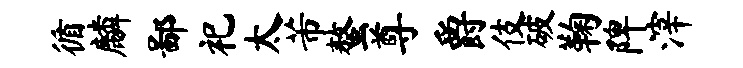
循麟鄙祀太芾螯尊爵伎破鞠陴滓